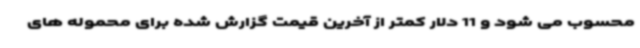
محسوب می شود و 11 دلار کمتر از آخرین قیمت گزارش شده برای محموله های